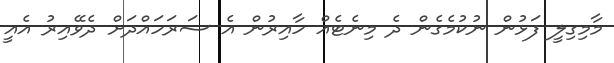
މާމިގިލީ ފަޅުން ނުކުމެގެން ދެ މިނެޓެއް ހާއިރުން އެ ސަރަހައްދަށް ދެވޭއިރު އެއީ